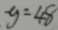
y = 4 8